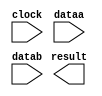
// megafunction wizard: %LPM_MULT%VBB%
// GENERATION: STANDARD
// VERSION: WM1.0
// MODULE: lpm_mult 

// ============================================================
// Megafunction Name(s):
// 			lpm_mult
//
// Simulation Library Files(s):
// 			lpm
// ============================================================
// ************************************************************
// THIS IS A WIZARD-GENERATED FILE. DO NOT EDIT THIS FILE!
//
// 12.1 Build 177 11/07/2012 SJ Full Version
// ************************************************************

//Copyright (C) 1991-2012 Altera Corporation
//Your use of Altera Corporation's design tools, logic functions 
//and other software and tools, and its AMPP partner logic 
//functions, and any output files from any of the foregoing 
//(including device programming or simulation files), and any 
//associated documentation or information are expressly subject 
//to the terms and conditions of the Altera Program License 
//Subscription Agreement, Altera MegaCore Function License 
//Agreement, or other applicable license agreement, including, 
//without limitation, that your use is for the sole purpose of 
//programming logic devices manufactured by Altera and sold by 
//Altera or its authorized distributors.  Please refer to the 
//applicable agreement for further details.

module mult8_8 (
	clock,
	dataa,
	datab,
	result);

	input	  clock;
	input	[7:0]  dataa;
	input	[7:0]  datab;
	output	[15:0]  result;

endmodule

// ============================================================
// CNX file retrieval info
// ============================================================
// Retrieval info: PRIVATE: AutoSizeResult NUMERIC "1"
// Retrieval info: PRIVATE: B_isConstant NUMERIC "0"
// Retrieval info: PRIVATE: ConstantB NUMERIC "0"
// Retrieval info: PRIVATE: INTENDED_DEVICE_FAMILY STRING "Cyclone IV E"
// Retrieval info: PRIVATE: LPM_PIPELINE NUMERIC "1"
// Retrieval info: PRIVATE: Latency NUMERIC "1"
// Retrieval info: PRIVATE: SYNTH_WRAPPER_GEN_POSTFIX STRING "0"
// Retrieval info: PRIVATE: SignedMult NUMERIC "1"
// Retrieval info: PRIVATE: USE_MULT NUMERIC "1"
// Retrieval info: PRIVATE: ValidConstant NUMERIC "0"
// Retrieval info: PRIVATE: WidthA NUMERIC "8"
// Retrieval info: PRIVATE: WidthB NUMERIC "8"
// Retrieval info: PRIVATE: WidthP NUMERIC "16"
// Retrieval info: PRIVATE: aclr NUMERIC "0"
// Retrieval info: PRIVATE: clken NUMERIC "0"
// Retrieval info: PRIVATE: new_diagram STRING "1"
// Retrieval info: PRIVATE: optimize NUMERIC "0"
// Retrieval info: LIBRARY: lpm lpm.lpm_components.all
// Retrieval info: CONSTANT: LPM_HINT STRING "MAXIMIZE_SPEED=5"
// Retrieval info: CONSTANT: LPM_PIPELINE NUMERIC "1"
// Retrieval info: CONSTANT: LPM_REPRESENTATION STRING "SIGNED"
// Retrieval info: CONSTANT: LPM_TYPE STRING "LPM_MULT"
// Retrieval info: CONSTANT: LPM_WIDTHA NUMERIC "8"
// Retrieval info: CONSTANT: LPM_WIDTHB NUMERIC "8"
// Retrieval info: CONSTANT: LPM_WIDTHP NUMERIC "16"
// Retrieval info: USED_PORT: clock 0 0 0 0 INPUT NODEFVAL "clock"
// Retrieval info: USED_PORT: dataa 0 0 8 0 INPUT NODEFVAL "dataa[7..0]"
// Retrieval info: USED_PORT: datab 0 0 8 0 INPUT NODEFVAL "datab[7..0]"
// Retrieval info: USED_PORT: result 0 0 16 0 OUTPUT NODEFVAL "result[15..0]"
// Retrieval info: CONNECT: @clock 0 0 0 0 clock 0 0 0 0
// Retrieval info: CONNECT: @dataa 0 0 8 0 dataa 0 0 8 0
// Retrieval info: CONNECT: @datab 0 0 8 0 datab 0 0 8 0
// Retrieval info: CONNECT: result 0 0 16 0 @result 0 0 16 0
// Retrieval info: GEN_FILE: TYPE_NORMAL mult8_8.v TRUE
// Retrieval info: GEN_FILE: TYPE_NORMAL mult8_8.inc FALSE
// Retrieval info: GEN_FILE: TYPE_NORMAL mult8_8.cmp FALSE
// Retrieval info: GEN_FILE: TYPE_NORMAL mult8_8.bsf FALSE
// Retrieval info: GEN_FILE: TYPE_NORMAL mult8_8_inst.v FALSE
// Retrieval info: GEN_FILE: TYPE_NORMAL mult8_8_bb.v TRUE
// Retrieval info: LIB_FILE: lpm